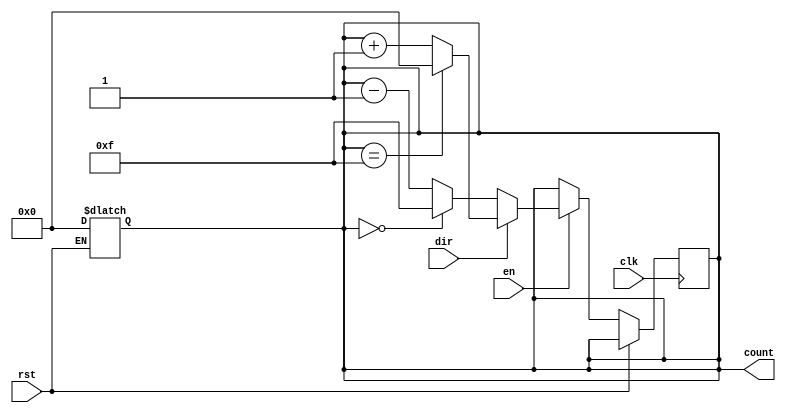
module multi_bit_counter #(
    parameter WIDTH = 4,              // Bit width of the counter
    parameter INITIAL_VALUE = 0,      // Initial count value
    parameter MAX_COUNT = (1 << WIDTH) - 1 // Maximum count value
)(
    input wire clk,                   // Clock signal
    input wire rst,                   // Reset signal
    input wire en,                    // Enable signal
    input wire dir,                   // Direction signal (1 for up, 0 for down)
    output reg [WIDTH-1:0] count      // Count output
);

    // Asynchronous reset
    always @(*) begin
        if (rst) begin
            count = INITIAL_VALUE;     // Reset to initial value
        end
    end

    // Counting logic
    always @(posedge clk) begin
        if (!rst) begin                  // If not reset
            if (en) begin                // If enabled
                if (dir) begin          // Up counting
                    if (count == MAX_COUNT) begin
                        count <= 0;      // Wrap around to 0
                    end else begin
                        count <= count + 1; // Increment count
                    end
                end else begin            // Down counting
                    if (count == 0) begin
                        count <= MAX_COUNT; // Wrap around to MAX_COUNT
                    end else begin
                        count <= count - 1; // Decrement count
                    end
                end
            end
        end
    end

endmodule